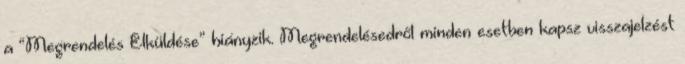
a “Megrendelés Elküldése” hiányzik. Megrendelésedről minden esetben kapsz visszajelzést